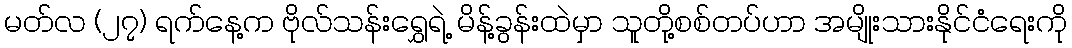
မတ်လ (၂၇) ရက်နေ့က ဗိုလ်သန်းရွှေရဲ့ မိန့်ခွန်းထဲမှာ သူတို့စစ်တပ်ဟာ အမျိုးသားနိုင်ငံရေးကို